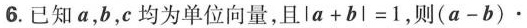
6.已知a，b，c均为单位向量，且$$l a + b l = 1$$，则$$( a - b ) \cdot